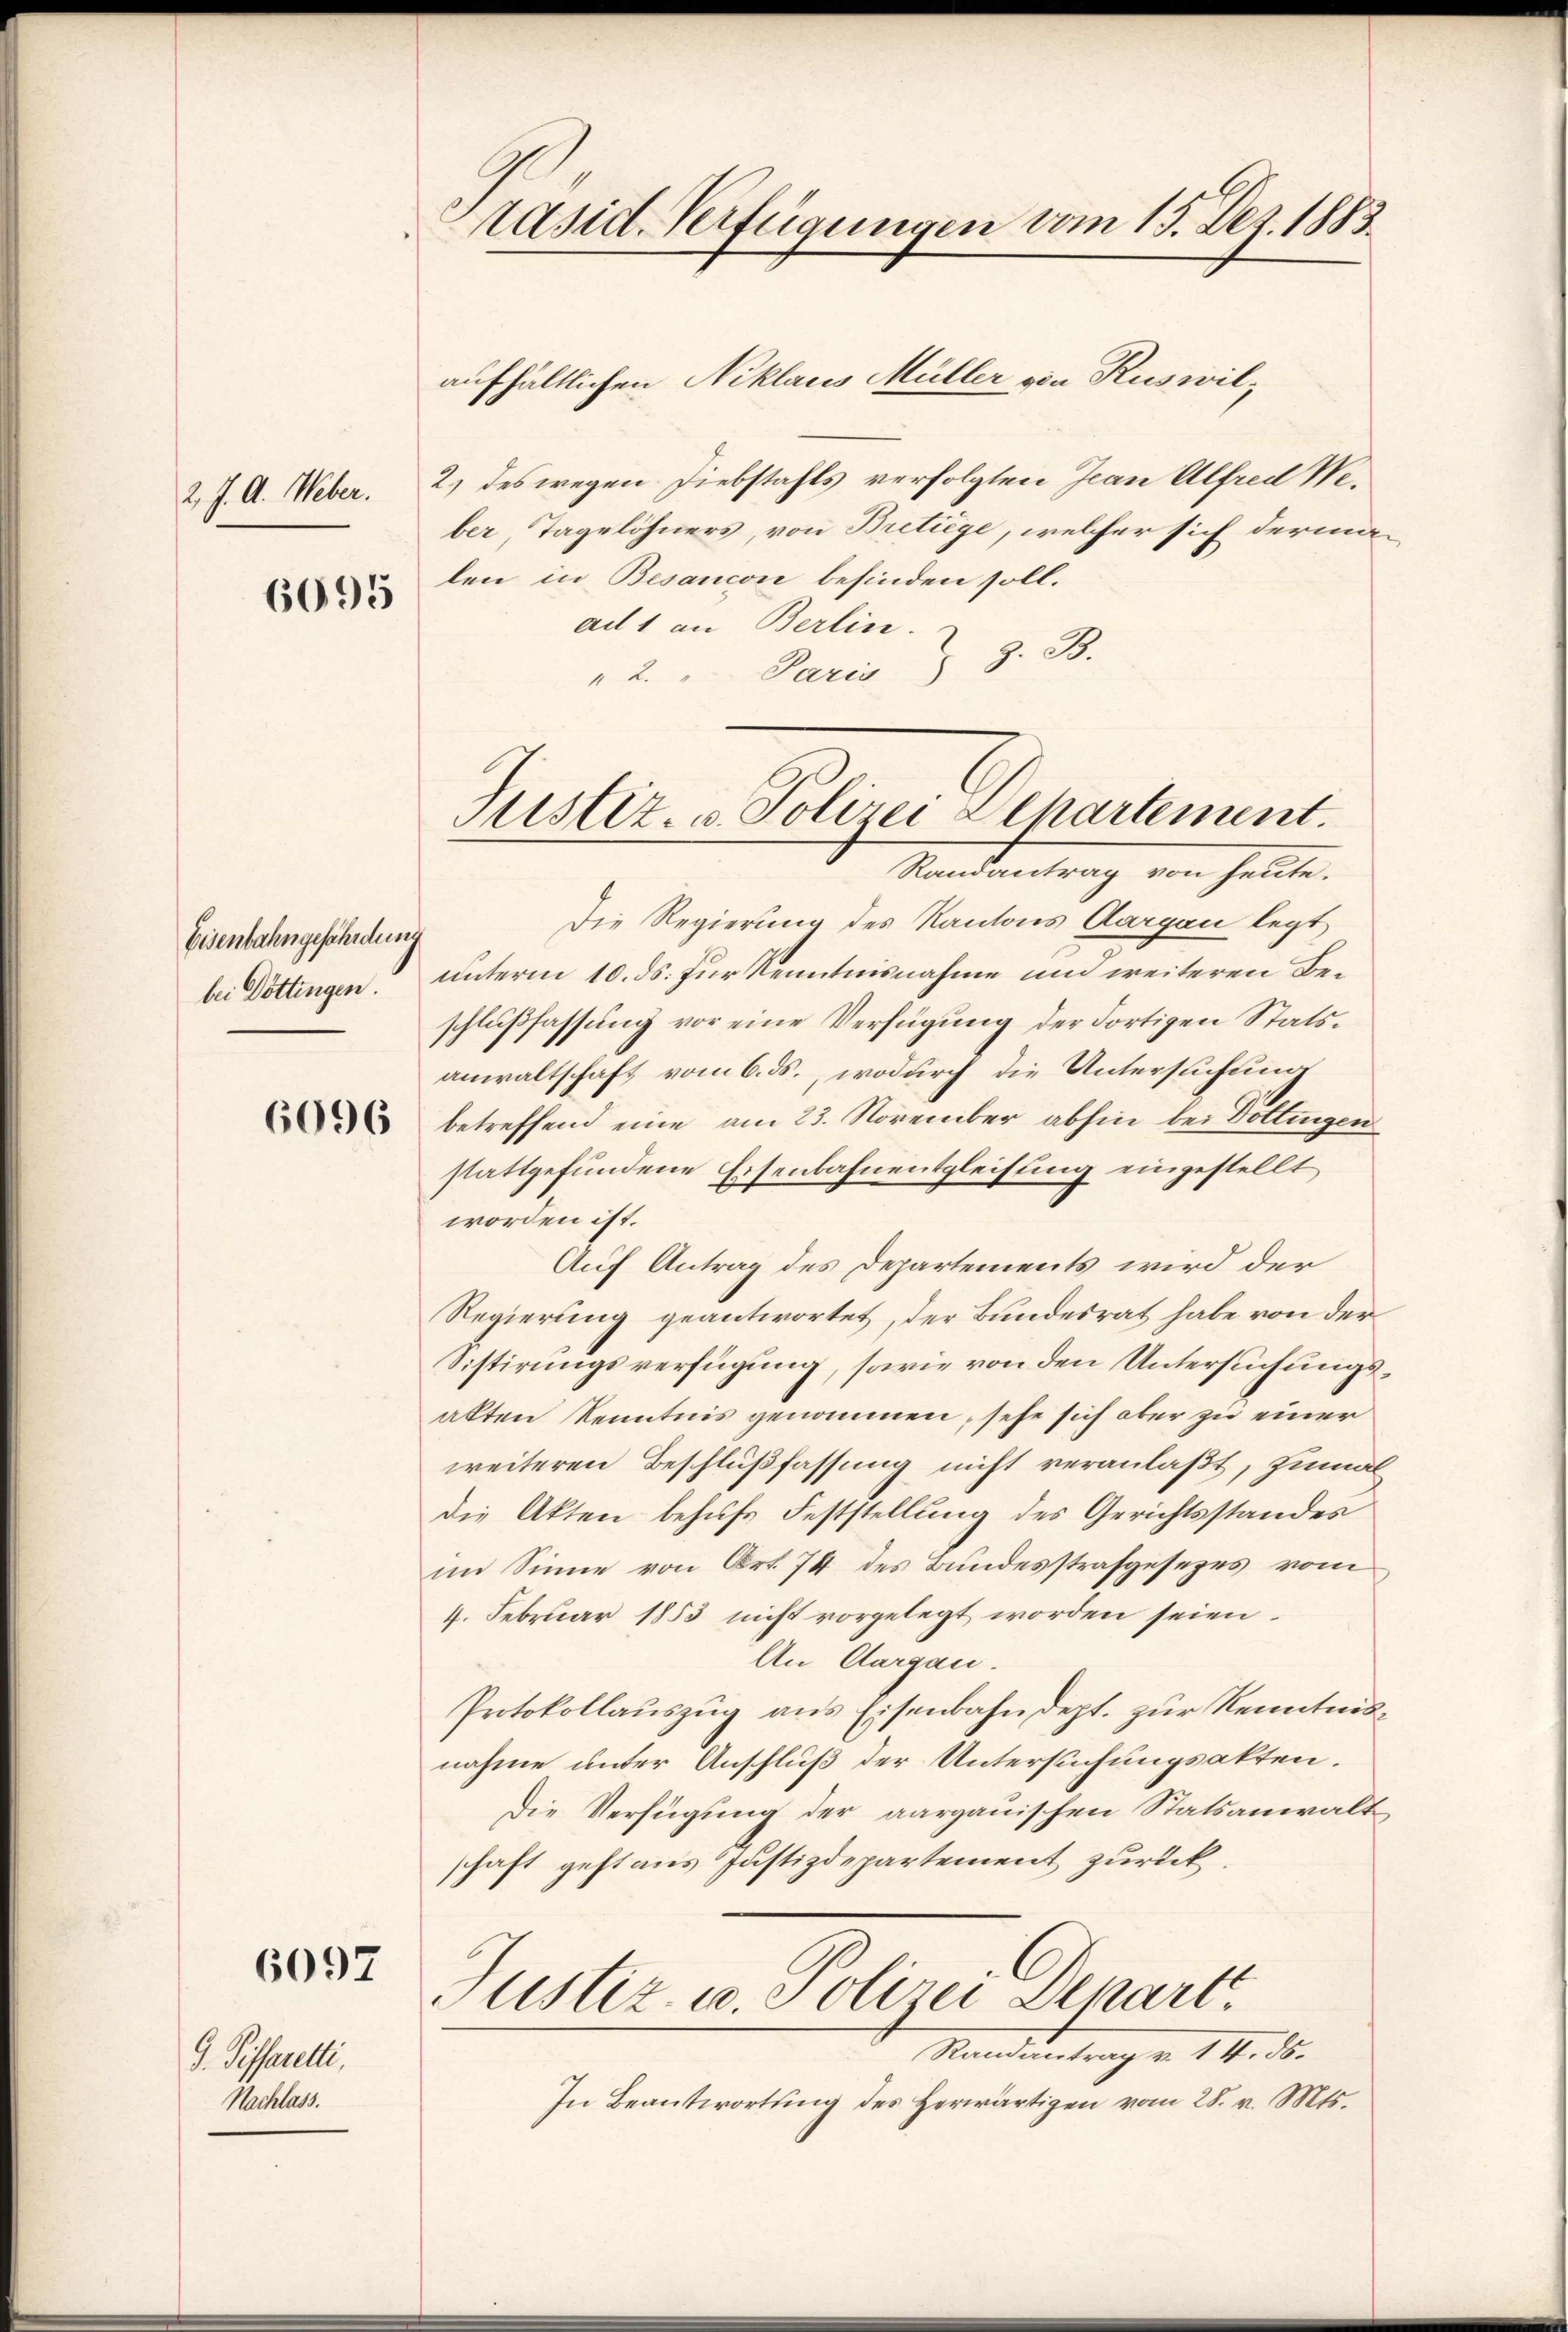
2 J. A. Weber.

6095

Eisenbahngefährdung
bei Döttingen.

6096

6097

J. Piffarelli,
Nachlass.

räsid. Verfügungen vom 15. Dez. 1883.

aufhältlichen Niklaus Müller von Ruswil,
2.) des wegen Diebstahls verfolgten Jean Alfred Weber, Tagelöhners, von Bretiege, welcher sich dermalen in Besancon befinden soll.
ad 1 an Berlin.
2. " Paris ) z. B.
Randantrag von heute.
Die Regierung des Kantons Aargau legt
unterm 10. ds. für Kenntnisnahme und weiteren Beschlußfassung vor eine Verfügung der dortigen Statsanwaltschaft vom 6. ds., wodurch die Untersuchung
betreffend eine am 23. November abhin bei Dottingen
stattgefundene Eisenbahnentgleisung eingestellt
worden ist.
Auf Antrag des Departements wird der
Regierung geantwortet, der Bundesrat habe von der
Sistirungsverfügung, sowie von den Untersuchungs
akten Kenntnis genommen, sehe sich aber zu einer
weiteren Beschlußfassung nicht veranlaßt, zuma
die Akten behufs Feststellung des Gerichtsstandes
im Sinne von Art. 74 des Bundesstrafgesezes vom
4. Februar 1853 nicht vorgelegt worden seien.
An Aargau.
Protokollauszug aus Eisenbahndept. zur Kenntnis
nahme unter Anschluß der Untersuchungsakten.
Die Verfügung der aargauischen Statsanwaltschaft geht aus Justizdepartement zurück.
Justiz- u Polizei Depart.
Standentrag v. 11. ds.
In Beantwortung des herwärtigen vom 28. v. Mts.

Justiz- & Polizei Departement.